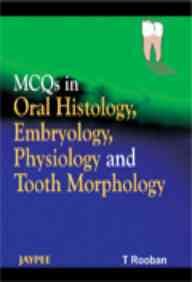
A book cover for MCQs in Oral Pathology with Explanatory Answers; T. Rooban; Medical Books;